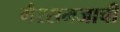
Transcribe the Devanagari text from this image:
गैरसमजाची